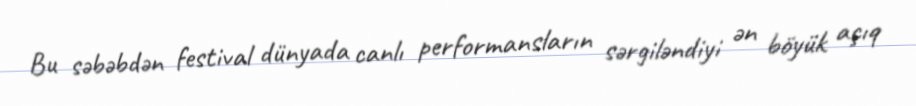
Bu səbəbdən festival dünyada canlı performansların sərgiləndiyi ən böyük açıq